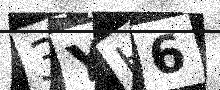
Text: 3YH6